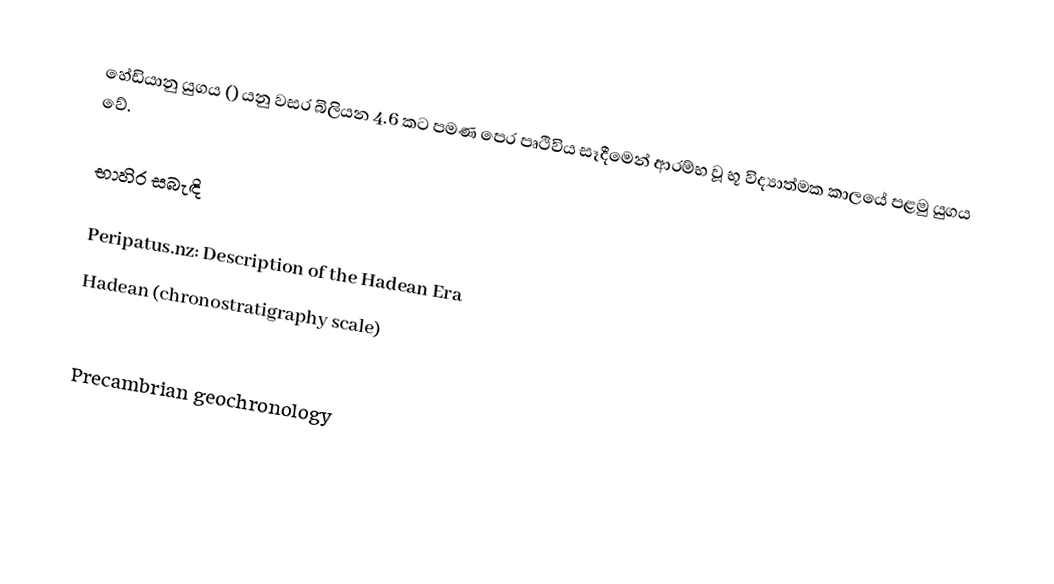
හේඩියානු යුගය () යනු වසර බිලියන 4.6 කට පමණ පෙර පෘථිවිය සෑදීමෙන් ආරම්භ වූ භූ විද්‍යාත්මක කාලයේ පළමු යුගය වේ.

භාහිර සබැඳි

 Peripatus.nz: Description of the Hadean Era
 Hadean (chronostratigraphy scale)

Precambrian geochronology